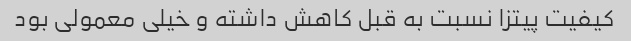
کیفیت پیتزا نسبت به قبل کاهش داشته و خیلی معمولی بود